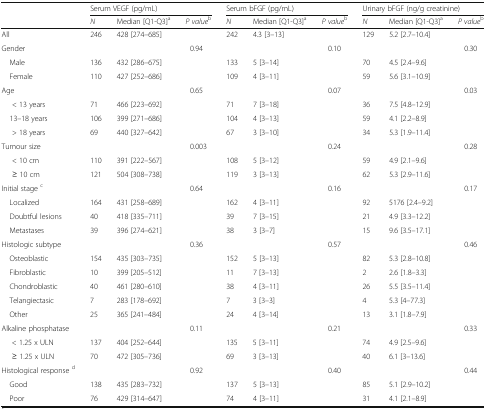
<table><thead><tr><td rowspan="2"></td><td colspan="3"><b>Serum VEGF (pg/mL)</b></td><td colspan="3"><b>Serum bFGF (pg/mL)</b></td><td colspan="3"><b>Urinary bFGF (ng/g creatinine)</b></td></tr><tr><td><b><i>N</i></b></td><td><b>Median [Q1-Q3]<sup>a</sup></b></td><td><b><i>P value</i><sup>b</sup></b></td><td><b><i>N</i></b></td><td><b>Median [Q1-Q3]<sup>a</sup></b></td><td><b><i>P value</i><sup>b</sup></b></td><td><b><i>N</i></b></td><td><b>Median [Q1-Q3]<sup>a</sup></b></td><td><b><i>P value</i><sup>b</sup></b></td></tr></thead><tbody><tr><td>All</td><td>246</td><td>428 [274–685]</td><td></td><td>242</td><td>4.3 [3–13]</td><td></td><td>129</td><td>5.2 [2.7–10.4]</td><td></td></tr><tr><td>Gender</td><td></td><td></td><td>0.94</td><td></td><td></td><td>0.10</td><td></td><td></td><td>0.30</td></tr><tr><td> Male</td><td>136</td><td>432 [286–675]</td><td></td><td>133</td><td>5 [3–14]</td><td></td><td>70</td><td>4.5 [2.4–9.6]</td><td></td></tr><tr><td> Female</td><td>110</td><td>427 [252–686]</td><td></td><td>109</td><td>4 [3–11]</td><td></td><td>59</td><td>5.6 [3.1–10.9]</td><td></td></tr><tr><td>Age</td><td></td><td></td><td>0.65</td><td></td><td></td><td>0.07</td><td></td><td></td><td>0.03</td></tr><tr><td>&lt; 13 years</td><td>71</td><td>466 [223–692]</td><td></td><td>71</td><td>7 [3–18]</td><td></td><td>36</td><td>7.5 [4.8–12.9]</td><td></td></tr><tr><td> 13–18 years</td><td>106</td><td>399 [271–686]</td><td></td><td>104</td><td>4 [3–13]</td><td></td><td>59</td><td>4.1 [2.2–8.9]</td><td></td></tr><tr><td>&gt; 18 years</td><td>69</td><td>440 [327–642]</td><td></td><td>67</td><td>3 [3–10]</td><td></td><td>34</td><td>5.3 [1.9–11.4]</td><td></td></tr><tr><td>Tumour size</td><td></td><td></td><td>0.003</td><td></td><td></td><td>0.24</td><td></td><td></td><td>0.28</td></tr><tr><td>&lt; 10 cm</td><td>110</td><td>391 [222–567]</td><td></td><td>108</td><td>5 [3–12]</td><td></td><td>59</td><td>4.9 [2.1–9.6]</td><td></td></tr><tr><td>≥ 10 cm</td><td>121</td><td>504 [308–738]</td><td></td><td>119</td><td>3 [3–13]</td><td></td><td>62</td><td>5.3 [2.9–11.6]</td><td></td></tr><tr><td>Initial stage <sup>c</sup></td><td></td><td></td><td>0.64</td><td></td><td></td><td>0.16</td><td></td><td></td><td>0.17</td></tr><tr><td> Localized</td><td>164</td><td>431 [258–689]</td><td></td><td>162</td><td>4 [3–11]</td><td></td><td>92</td><td>5176 [2.4–9.2]</td><td></td></tr><tr><td> Doubtful lesions</td><td>40</td><td>418 [335–711]</td><td></td><td>39</td><td>7 [3–15]</td><td></td><td>21</td><td>4.9 [3.3–12.2]</td><td></td></tr><tr><td> Metastases</td><td>39</td><td>396 [274–621]</td><td></td><td>38</td><td>3 [3–7]</td><td></td><td>15</td><td>9.6 [3.5–17.1]</td><td></td></tr><tr><td>Histologic subtype</td><td></td><td></td><td>0.36</td><td></td><td></td><td>0.57</td><td></td><td></td><td>0.46</td></tr><tr><td> Osteoblastic</td><td>154</td><td>435 [303–735]</td><td></td><td>152</td><td>5 [3–13]</td><td></td><td>82</td><td>5.3 [2.8–10.8]</td><td></td></tr><tr><td> Fibroblastic</td><td>10</td><td>399 [205–512]</td><td></td><td>11</td><td>7 [3–13]</td><td></td><td>2</td><td>2.6 [1.8–3.3]</td><td></td></tr><tr><td> Chondroblastic</td><td>40</td><td>461 [280–610]</td><td></td><td>38</td><td>4 [3–11]</td><td></td><td>26</td><td>5.5 [3.5–11.4]</td><td></td></tr><tr><td> Telangiectasic</td><td>7</td><td>283 [178–692]</td><td></td><td>7</td><td>3 [3–3]</td><td></td><td>4</td><td>5.3 [4–77.3]</td><td></td></tr><tr><td> Other</td><td>25</td><td>365 [241–484]</td><td></td><td>24</td><td>4 [3–14]</td><td></td><td>13</td><td>3.1 [1.8–7.9]</td><td></td></tr><tr><td>Alkaline phosphatase</td><td></td><td></td><td>0.11</td><td></td><td></td><td>0.21</td><td></td><td></td><td>0.33</td></tr><tr><td>&lt; 1.25 x ULN</td><td>137</td><td>404 [252–644]</td><td></td><td>135</td><td>5 [3–11]</td><td></td><td>74</td><td>4.9 [2.5–9.6]</td><td></td></tr><tr><td>≥ 1.25 x ULN</td><td>70</td><td>472 [305–736]</td><td></td><td>69</td><td>3 [3–13]</td><td></td><td>40</td><td>6.1 [3–13.6]</td><td></td></tr><tr><td>Histological response <sup>d</sup></td><td></td><td></td><td>0.92</td><td></td><td></td><td>0.40</td><td></td><td></td><td>0.44</td></tr><tr><td> Good</td><td>138</td><td>435 [283–732]</td><td></td><td>137</td><td>5 [3–13]</td><td></td><td>85</td><td>5.1 [2.9–10.2]</td><td></td></tr><tr><td> Poor</td><td>76</td><td>429 [314–647]</td><td></td><td>74</td><td>4 [3–11]</td><td></td><td>31</td><td>4.1 [2.1–8.9]</td><td></td></tr></tbody></table>